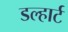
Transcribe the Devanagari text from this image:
डल्हार्ट